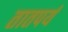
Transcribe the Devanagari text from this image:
तातपर्य